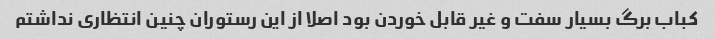
کباب برگ بسیار سفت و غیر قابل خوردن بود اصلا از این رستوران چنین انتظاری نداشتم